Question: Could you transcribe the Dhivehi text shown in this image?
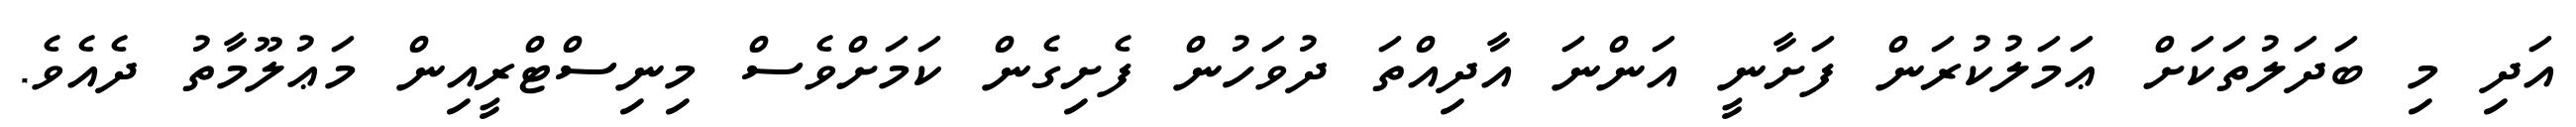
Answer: އަދި މި ބަދަލުތަކަށް ޢަމަލުކުރަން ފަށާނީ އަންނަ އާދިއްތަ ދުވަހުން ފެށިގެން ކަމަށްވެސް މިނިސްޓްރީއިން މަޢުލޫމާތު ދެއެވެ.